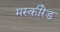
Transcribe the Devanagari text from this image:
मस्कीरेड